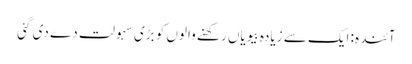
آئندہ: ایک سے زیادہ بیویاں رکھنے والوں کو بڑی سہولت دے دی گئی